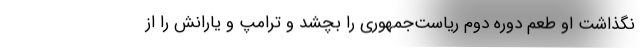
نگذاشت او طعم دوره دوم ریاست‌جمهوری را بچشد و ترامپ و یارانش را از